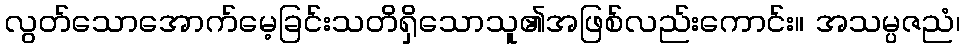
လွတ်သောအောက်မေ့ခြင်းသတိရှိသောသူ၏အဖြစ်လည်းကောင်း။ အသမ္ပဇညံ၊